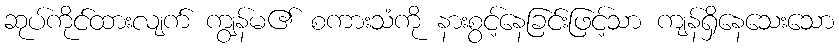
ဆုပ်ကိုင်ထားလျက် ကျွန်မ၏ စကားသံကို နားစွင့်နေခြင်းဖြင့်သာ ကျန်ရှိနေသေးသော